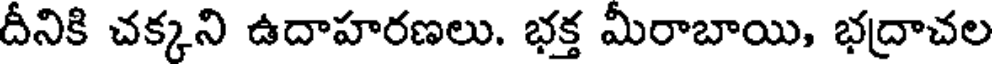
దీనికి చక్కని ఉదాహరణలు. భక్త మీరాబాయి, భద్రాచల